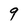
Character: 9